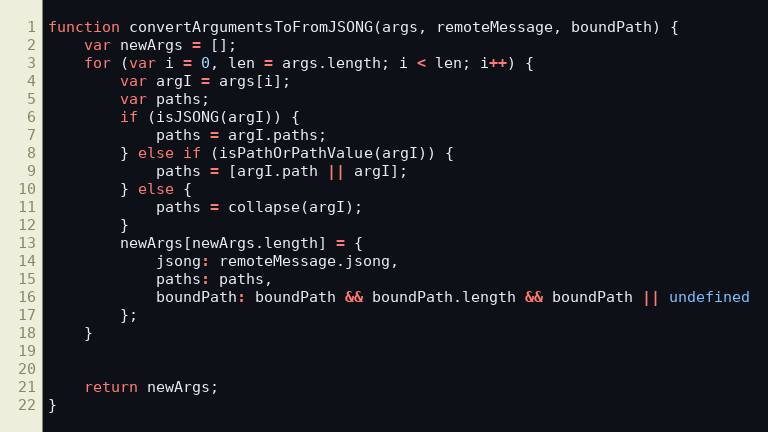
Language: JavaScript
function convertArgumentsToFromJSONG(args, remoteMessage, boundPath) {
    var newArgs = [];
    for (var i = 0, len = args.length; i < len; i++) {
        var argI = args[i];
        var paths;
        if (isJSONG(argI)) {
            paths = argI.paths;
        } else if (isPathOrPathValue(argI)) {
            paths = [argI.path || argI];
        } else {
            paths = collapse(argI);
        }
        newArgs[newArgs.length] = {
            jsong: remoteMessage.jsong,
            paths: paths,
            boundPath: boundPath && boundPath.length && boundPath || undefined
        };
    }

    return newArgs;
}